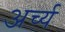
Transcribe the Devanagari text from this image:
अर्च्य